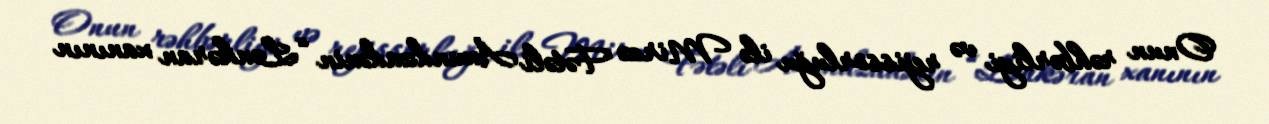
Onun rəhbərliyi və rejissorluğu ilə Mirzə Fətəli Axundzadənin “Lənkəran xanının